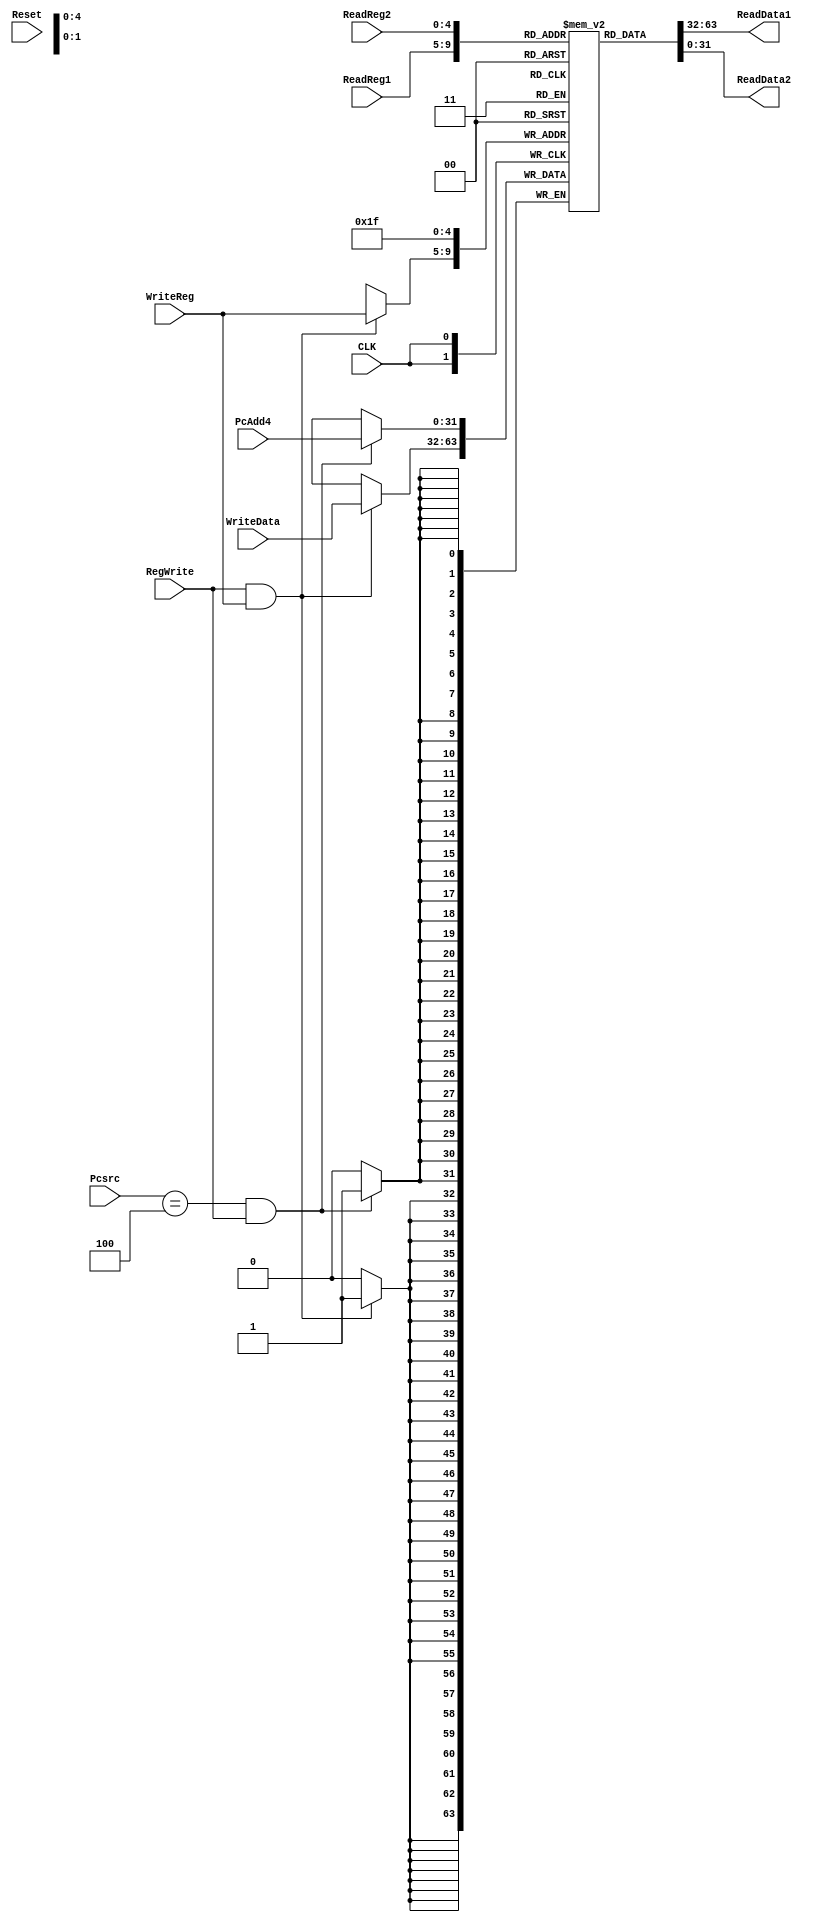
`timescale 1ns / 1ps
//////////////////////////////////////////////////////////////////////////////////
// Company: 
// Engineer: 
// 
// Design Name: 
// Module Name: REGFILE
// Project Name: 
// Target Devices: 
// Tool Versions: 
// Description: 
// 
// Dependencies: 
// 
// Revision:
// Revision 0.01 - File Created
// Additional Comments:
// 
//////////////////////////////////////////////////////////////////////////////////


module RegisterFile(ReadReg1,ReadReg2,WriteData,WriteReg,RegWrite,CLK,Reset,ReadData1,ReadData2,Pcsrc,PcAdd4);
    input [4:0] ReadReg1;//rs
    input [4:0] ReadReg2;//rt
    input [31:0] WriteData;//
    input [4:0] WriteReg;//
    input RegWrite; //
    input CLK;
    input Reset;
    output reg[31:0] ReadData1;
    output reg[31:0] ReadData2;
    input [2:0] Pcsrc;
    input [31:0] PcAdd4;
    

    initial begin
       ReadData1 <=0;
       ReadData2 <=0; 
    end

    reg [31:0] regFile[0:31];
    integer i;
    initial begin
        for (i=0;i<32;i=i+1)
            regFile[i]<=0;
    end
        
    always@(ReadReg1 or ReadReg2)
    begin
        ReadData1 = regFile[ReadReg1];
        ReadData2 = regFile[ReadReg2];
        //$display("regfile %d %d\n", ReadReg1, ReadReg2);
        
    end
/*
    always@(posedge CLK)
    begin
     $display("pos lala");
    end
    
    always@(negedge CLK)
    begin
     $display("neg lala");
    end
  */  
    always@(negedge CLK )
    begin
     //$display("lala");
        if(RegWrite && WriteReg)
        begin
            regFile[WriteReg] = WriteData;
            //$display("%d %d",WriteReg, WriteData);
        end
    end

    always@(negedge CLK)
    begin
        //$display("lala");
        if(Pcsrc == 3'b100 && RegWrite )
        begin
        //$display("%h",PcAdd4);
            regFile[31] = PcAdd4;
        end
    end
endmodule